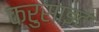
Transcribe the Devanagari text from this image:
क्रुसाइट